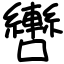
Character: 轡